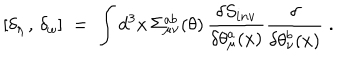
LaTeX: [ \delta _ { \eta } \, , \, \delta _ { \omega } ] \; = \; \int d ^ { 3 } x \, \Sigma _ { \mu \nu } ^ { a b } ( \theta ) \, \frac { \delta S _ { i n v } } { \delta \theta _ { \mu } ^ { a } ( x ) } \frac { \delta } { \delta \theta _ { \nu } ^ { b } ( x ) } \; .